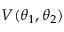
V ( \theta _ { 1 } , \theta _ { 2 } )